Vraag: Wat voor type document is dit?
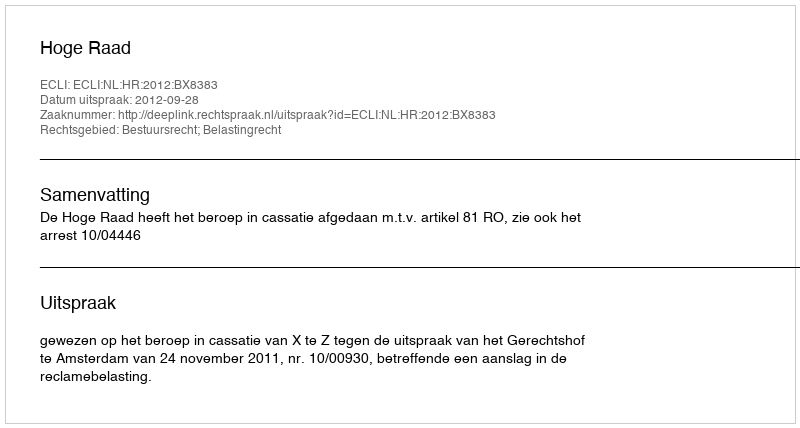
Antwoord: Uitspraak